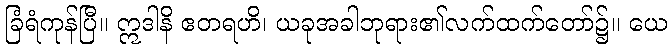
ခြံရံကုန်ပြီ။ ဣဒါနိ ဧတရဟိ၊ ယခုအခါဘုရား၏လက်ထက်တော်၌။ ယေ